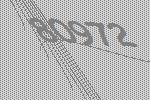
80972